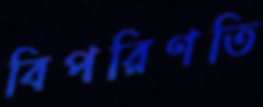
বিপরিণতি